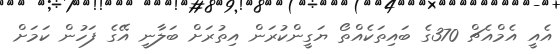
އެއީ އެމްއެޗް 370ގެ ބައިތަކެއްތޯ ޔަގީންކުރަން އިތުރަށް ބަލާނީ އޭގެ ފަހުން ކަމަށް